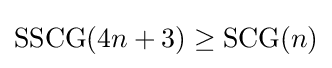
{\text{SSCG}}(4n+3)\geq {\text{SCG}}(n)